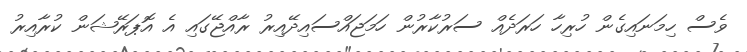
ވެސް ހިމަނައިގެން ހުރިހާ ހަރަދެއް ސަރުކާރުން ހަމަޖައްސައިދޭއިރު ރާއްޖޭގައި އެ އޮޕަރޭޝަން ކުރާއިރު